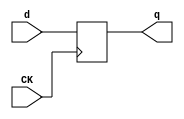
//# 4 inputs
//# 1 outputs
//# 3 D-type flipflops
//# 2 inverters
//# 8 gates (1 ANDs + 1 NANDs + 2 ORs + 4 NORs)

module dff(CK,q,d);
input CK,d;
output reg q;
always @ (posedge CK)
q<=d;
endmodule

module s27(GND,VDD,CK,G0,G1,G17,G2,G3);
input GND,VDD,CK,G0,G1,G2,G3;
output G17;

  wire G5,G10,G6,G11,G7,G13,G14,G8,G15,G12,G16,G9;

  dff DFF_0(CK,G5,G10);
  dff DFF_1(CK,G6,G11);
  dff DFF_2(CK,G7,G13);
  not NOT_0(G14,G0);
  not NOT_1(G17,G11);
  and AND2_0(G8,G14,G6);
  or OR2_0(G15,G12,G8);
  or OR2_1(G16,G3,G8);
  nand NAND2_0(G9,G16,G15);
  nor NOR2_0(G10,G14,G11);
  nor NOR2_1(G11,G5,G9);
  nor NOR2_2(G12,G1,G7);
  nor NOR2_3(G13,G2,G12);

endmodule